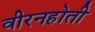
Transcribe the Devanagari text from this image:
वीरनहोती